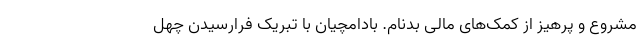
مشروع و پرهیز از کمک‌های مالی بدنام. بادامچیان با تبریک فرارسیدن چهل